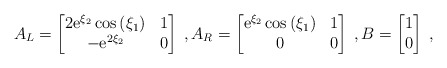
\begin{align*}A_L = \begin{bmatrix}2 {\rm e}^{\xi_2} \cos \left( \xi_1 \right) & 1 \\-{\rm e}^{2 \xi_2} & 0\end{bmatrix} \;, A_R = \begin{bmatrix}{\rm e}^{\xi_2} \cos\left( \xi_1 \right) & 1 \\0 & 0\end{bmatrix} \;, B = \begin{bmatrix}1 \\ 0\end{bmatrix} \;,\end{align*}